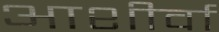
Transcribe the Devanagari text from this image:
आशीर्वा